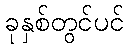
ခုနှစ်တွင်ပင်